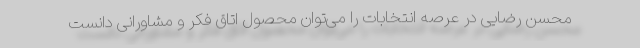
محسن رضایی در عرصه انتخابات را می‌توان محصول اتاق فکر و مشاورانی دانست